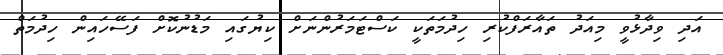
އަދި ވިދާޅުވީ މިއަދު ތައާރަފްކުރި ހިދުމަތަކީ ކަސްޓަމަރުންނަށް ކިޔުގައި މަޑުނުކޮށް ފަސޭހައިން ހިދުމަތް